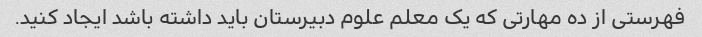
فهرستی از ده مهارتی که یک معلم علوم دبیرستان باید داشته باشد ایجاد کنید.